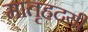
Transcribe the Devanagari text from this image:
मातृह्रदयी